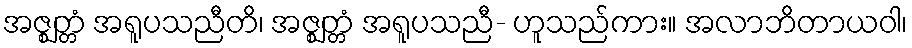
အဇ္ဈတ္တံ အရူပသညီတိ၊ အဇ္ဈတ္တံ အရူပသညီ- ဟူသည်ကား။ အလာဘိတာယဝါ၊